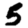
Digit: 5